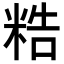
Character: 𥺊